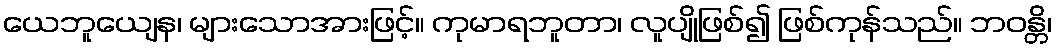
ယေဘူယျေန၊ များသောအားဖြင့်။ ကုမာရဘူတာ၊ လူပျိုဖြစ်၍ ဖြစ်ကုန်သည်။ ဘဝန္တိ၊